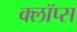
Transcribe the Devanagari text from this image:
क्लॉप्स